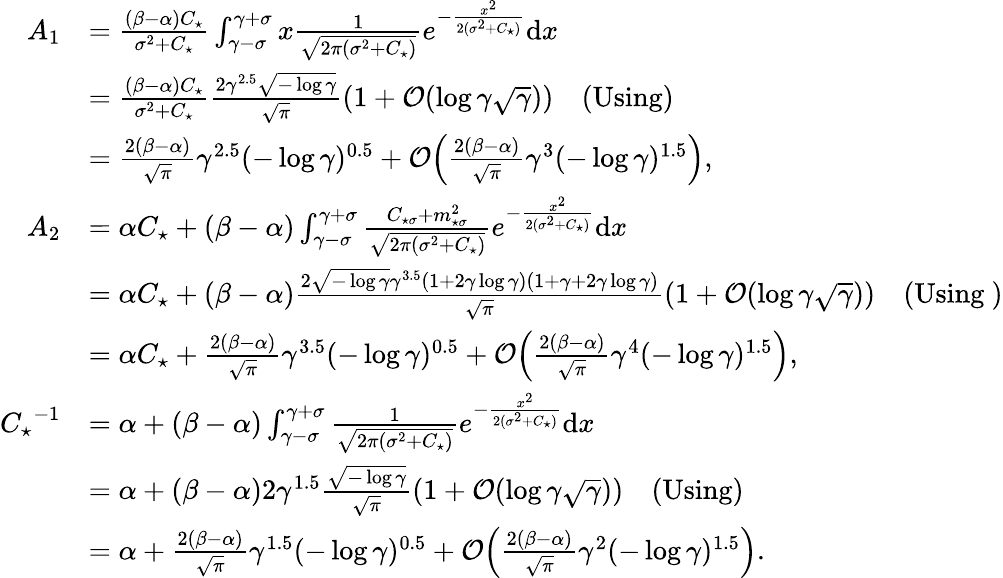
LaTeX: \begin{array}{rl}{A_{1}}&{=\frac{(\beta-\alpha)C_{\star}}{\sigma^{2}+C_{\star}}\int_{\gamma-\sigma}^{\gamma+\sigma}x\frac{1}{\sqrt{2\pi(\sigma^{2}+C_{\star})}}e^{-\frac{x^{2}}{2(\sigma^{2}+C_{\star})}}\mathrm{d}x}\\ &{=\frac{(\beta-\alpha)C_{\star}}{\sigma^{2}+C_{\star}}\frac{2\gamma^{2.5}\sqrt{-\log\gamma}}{\sqrt{\pi}}(1+\mathcal{O}(\log\gamma\sqrt\gamma))\quad(\textrm{Using})}\\ &{=\frac{2(\beta-\alpha)}{\sqrt{\pi}}\gamma^{2.5}(-\log\gamma)^{0.5}+\mathcal{O}\Bigl(\frac{2(\beta-\alpha)}{\sqrt{\pi}}\gamma^{3}(-\log\gamma)^{1.5}\Bigr),}\\ {A_{2}}&{=\alpha C_{\star}+(\beta-\alpha)\int_{\gamma-\sigma}^{\gamma+\sigma}\frac{C_{\star\sigma}+m_{\star\sigma}^{2}}{\sqrt{2\pi(\sigma^{2}+C_{\star})}}e^{-\frac{x^{2}}{2(\sigma^{2}+C_{\star})}}\mathrm{d}x}\\ &{=\alpha C_{\star}+(\beta-\alpha)\frac{2\sqrt{-\log\gamma}\gamma^{3.5}(1+2\gamma\log\gamma)(1+\gamma+2\gamma\log\gamma)}{\sqrt{\pi}}(1+\mathcal{O}(\log\gamma\sqrt\gamma))\quad(\textrm{Using}~)}\\ &{=\alpha C_{\star}+\frac{2(\beta-\alpha)}{\sqrt{\pi}}\gamma^{3.5}(-\log\gamma)^{0.5}+\mathcal{O}\Bigl(\frac{2(\beta-\alpha)}{\sqrt{\pi}}\gamma^{4}(-\log\gamma)^{1.5}\Bigr),}\\ {{C_{\star}}^{-1}}&{=\alpha+(\beta-\alpha)\int_{\gamma-\sigma}^{\gamma+\sigma}\frac{1}{\sqrt{2\pi(\sigma^{2}+C_{\star})}}e^{-\frac{x^{2}}{2(\sigma^{2}+C_{\star})}}\mathrm{d}x}\\ &{=\alpha+(\beta-\alpha)2\gamma^{1.5}\frac{\sqrt{-\log\gamma}}{\sqrt\pi}(1+\mathcal{O}(\log\gamma\sqrt\gamma))\quad(\textrm{Using})}\\ &{=\alpha+\frac{2(\beta-\alpha)}{\sqrt{\pi}}\gamma^{1.5}(-\log\gamma)^{0.5}+\mathcal{O}\Bigl(\frac{2(\beta-\alpha)}{\sqrt{\pi}}\gamma^{2}(-\log\gamma)^{1.5}\Bigr).}\end{array}